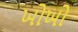
ખોખો